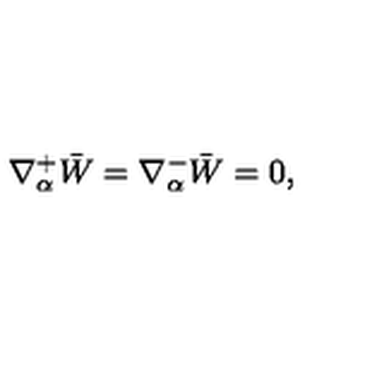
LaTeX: \nabla _ { \alpha } ^ { + } \bar { W } = \nabla _ { \alpha } ^ { - } \bar { W } = 0 ,